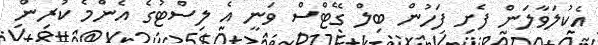
އެކުލަވާލަން ފެށި ފަހުން ބިލް ގޭޓްސް ވަނީ އެ ލިސްޓުގެ އެންމެ ކުރިން